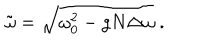
LaTeX: \tilde { \omega } = \sqrt { \omega _ { 0 } ^ { 2 } - g N \Delta \omega } \; .